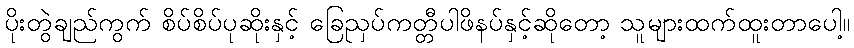
ပိုးတွဲချည်ကွက် စိပ်စိပ်ပုဆိုးနှင့် ခြေညှပ်ကတ္တီပါဖိနပ်နှင့်ဆိုတော့ သူများထက်ထူးတာပေါ့။